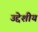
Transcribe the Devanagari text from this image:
उद्देशीय